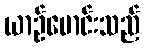
ယာဉ်မောင်းသည်